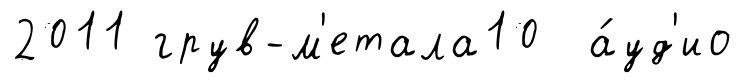
2011 грув-м'етала10 а́уд'ио